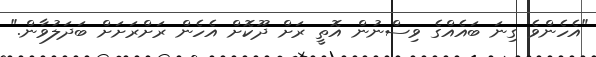
"އެހެންވެ ގިނަ ބައެއްގެ ވިސްނުން އޮތީ ރަށް ދޫކޮށް އެހެން ރަށްރަށަށް ބަދަލުވާން."